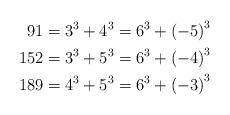
LaTeX: \begin{align*}91 & =3^{3}+4^{3}=6^{3}+\left(-5\right)^{3}\\152 & =3^{3}+5^{3}=6^{3}+\left(-4\right)^{3}\\189 & =4^{3}+5^{3}=6^{3}+\left(-3\right)^{3}\end{align*}